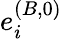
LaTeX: e_{i}^{(B,0)}